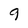
Character: 9